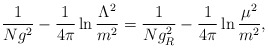
\begin{align*}\frac{1}{Ng^2}-\frac{1}{4\pi}\ln\frac{\Lambda^2}{m^2}=\frac{1}{Ng_R^2}-\frac{1}{4\pi}\ln\frac{\mu^2}{m^2},\end{align*}